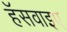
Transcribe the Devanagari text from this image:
हॅसवाइए